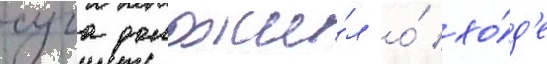
суга доложи́л о́ хо́д'е